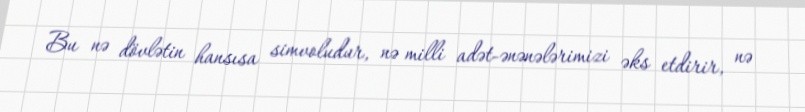
Bu nə dövlətin hansısa simvoludur, nə milli adət-ənənələrimizi əks etdirir, nə